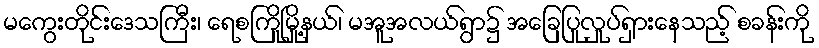
မကွေးတိုင်းဒေသကြီး၊ ရေစကြိုမြို့နယ်၊ မအူအလယ်ရွာ၌ အခြေပြုလှုပ်ရှားနေသည့် စခန်းကို